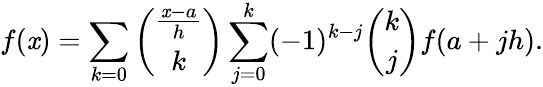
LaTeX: f(\mathit{x})=\sum_{k=0}{\binom{\frac{{\mathit{x}-a}}{{h}}}{k}}\sum_{j=0}^{k}(-1)^{k-j}{\binom{k}{j}}f(a+jh).